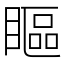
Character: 瞘